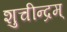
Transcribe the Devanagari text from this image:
शुचीन्द्रम्